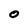
Character: O